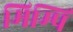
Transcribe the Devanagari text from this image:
मिम्पि